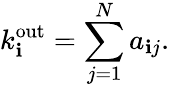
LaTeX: k_{\mathbf{i}}^{\mathrm{{{\mathrm{{out}}}}}}=\sum_{j=1}^{N}a_{\mathbf{i}j}.